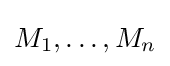
M_{1},\dots ,M_{n}